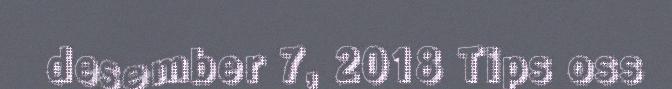
desember 7, 2018 Tips oss